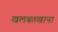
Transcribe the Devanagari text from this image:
खलबतखाना